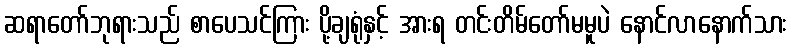
ဆရာတော်ဘုရားသည် စာပေသင်ကြား ပို့ချရုံနှင့် အားရ တင်းတိမ်တော်မမူပဲ နောင်လာနောက်သား